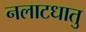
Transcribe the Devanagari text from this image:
नलाटधातु